Lunatic asylums in Bengal annual reports 1888-1898 - 1888-1898
Year: 1888
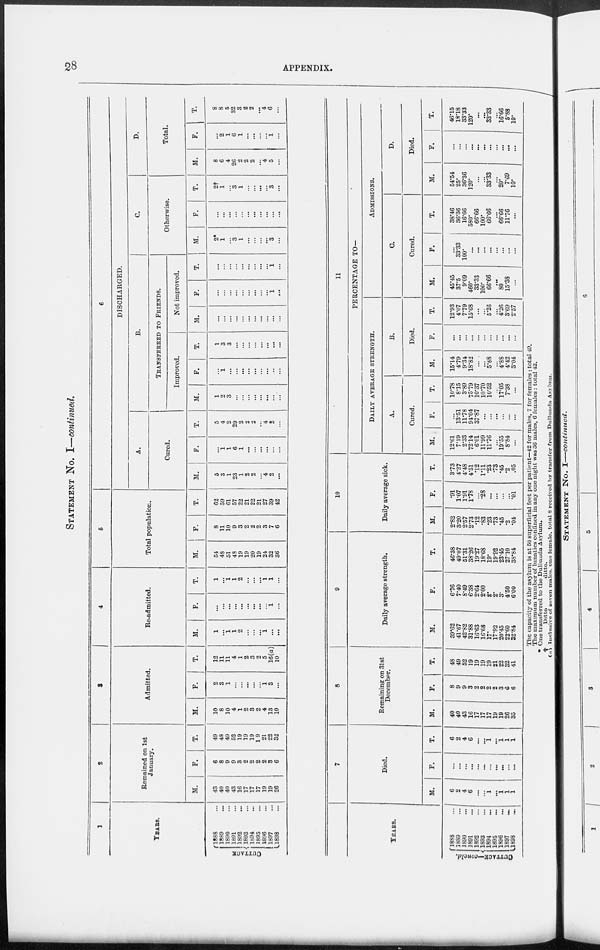
28
APPENDIX.
STATEMENT NO. I—continued.
1
YEARS.
CUTTACK
1888 ...
1889 ...
1890 ...
1891 ...
1802 ...
1893 ...
1894 ...
1895 ...
1896 ...
1897 ...
1898 ...
2
Remained on 1st
January.
M.
43
40
40
43
16
17
17
17
19
19
26
F.
6
8
9
9
3
2
2
2
2
3
6
T.
49
48
49
52
19
19
19
19
21
22
32
3
Admitted.
M.
10
8
10
4
1
2
3
2
4
13
10
F.
2
3
1
...
...
...
...
...
1
3
...
T.
12
11
11
4
1
2
3
2
5
16(a)
10
4
Re-admitted.
M.
1
...
1
1
2
...
...
...
1
...
...
F.
...
...
...
...
...
...
...
...
...
1
...
T.
1
...
1
1
2
...
...
...
1
1
...
5
Total population.
M.
54
48
51
48
19
19
20
19
24
32
36
F.
8
11
10
9
3
2
2
2
3
7
6
T.
62
59
61
57
22
21
22
21
27
39
42
6
DISCHARGED.
A.
Cured.
M.
5
3
1
23
1
2
2
...
4
2
...
F.
...
1
1
6
1
...
...
...
...
...
...
T.
5
4
2
29
2
2
2
...
4
2
...
B.
TRANSFERRED TO FRIENDS.
Improved.
M.
1
2
3
...
...
...
...
...
...
...
...
F.
...
1
...
...
...
...
...
...
...
...
...
T.
1
3
3
...
...
...
...
...
...
...
...
Not improved.
M.
...
...
...
...
...
...
...
...
...
...
...
F.
...
...
...
...
...
...
...
...
...
1
...
T.
...
...
...
...
...
...
...
...
...
1
...
C.
Otherwise.
M.
2*
1
...
3
1
...
...
...
...
3
...
F.
...
...
...
...
...
...
...
...
...
...
...
T.
2†
1
...
3
1
...
...
...
...
3
...
D.
Total.
M.
8
6
4
26
2
2
2
...
4
5
...
F.
...
2
1
6
1
...
...
...
...
1
...
T.
8
8
5
32
3
2
2
...
4
6
...
YEARS.
CUTTACK—concld.
1888 ...
1889 ...
1890 ...
1891 ...
1892 ...
1893 ...
1894 ...
1895 ...
1896 ...
1897
...
1898 ...
7
Died.
M.
6
2
4
6
...
...
1
...
1
1
1
F.
...
...
...
...
...
...
...
...
...
...
...
T.
6
2
4
6
...
...
1
...
1
1
1
8
Remaining on 31st
December.
M.
40
40
43
16
17
17
17
19
19
26
35
F.
8
9
9
3
2
2
2
2
3
6
6
T.
48
49
52
19
19
19
19
21
22
32
41
9
Daily average strength.
M.
39.62
41.67
42.82
31.88
16.63
16.68
17.
17.92
20.45
22.60
32.84
F.
6.76
7.40
8.49
6.38
2.64
2.00
2.
2.
3.
4.50
6.00
T.
46.38
49.07
51.31
38.26
19.27
18.68
19.
19.92
23.45
2710
38.84
10
Daily average sick.
M.
2.82
3.20
2.57
2.73
.12
.83
.23
.73
.45
.2
.04
F.
.91
107
1.91
1.78
...
.28
...
...
...
...
.01
T.
3.73
4.27
4.48
4.51
.12
1.11
.23
.73
.45
.2
.05
11
PERCENTAGE TO—
DAILY AVERAGE STRENGTH.
A.
Cured.
M.
12.61
7.19
2.33
72.14
6.01
11.99
11.76
...
19.55
8.84
...
F.
...
13.51
11.78
94.04
37.87
...
...
...
...
...
...
T.
10.78
8.15
3.89
75.79
10.37
10.70
10.52
...
17.05
7.38
...
B.
Died.
M.
15.14
4.79
9.34
18.82
...
...
5.88
...
4.88
4.42
3.04
F.
...
...
...
...
...
...
...
...
...
...
...
T.
12.93
4.07
7.79
15.68
...
5.26
...
4.26
3.69
2.57
ADMISSIONS.
C.
Cured.
M.
45.45
37.5
9.09
460.
33.33
100.
66.66
...
80
15.38
...
F.
...
33.33
100.
...
...
...
...
...
...
...
...
T.
38.46
36.36
16.66
580.
66.66
100.
66.66
...
66.66
11.76
...
D.
Died.
M.
54.54
25.
36.36
120.
...
...
33.33
...
20.
7.69
10.
F.
...
...
...
...
...
...
...
...
...
...
...
T.
46.15
18.18
33.33
120.
...
...
33.33
...
16.66
5.88
10.
The capacity of the asylum is at 50 superficial feet per patient—42 for males, 7 for females : total 49.
The maximum number of lunatics confined in any one night was 36 males, 6 females: total 42.
* One transferred to the Dullunda Asylum.
†
Ditto
ditto.
(a) Inclusive of seven males, one female, total 8 received by transfer from Dullunda Asylum.